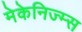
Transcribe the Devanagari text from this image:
मेकेनिज्म्स